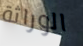
الوراثة